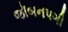
જૉબનપગી